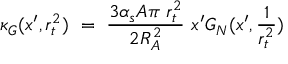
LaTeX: \kappa _ { G } ( x ^ { \prime } , r _ { t } ^ { 2 } ) \, \, = \, \, \frac { 3 \alpha _ { s } A \pi \, \, r _ { t } ^ { 2 } } { 2 R _ { A } ^ { 2 } } \, \, x ^ { \prime } G _ { N } ( x ^ { \prime } , \frac { 1 } { r _ { t } ^ { 2 } } )